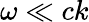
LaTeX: \omega\ll ck